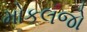
મોકલજો